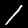
Digit: 1